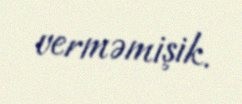
verməmişik.